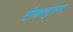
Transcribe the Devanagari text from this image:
टीकानुसार